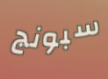
سبونج